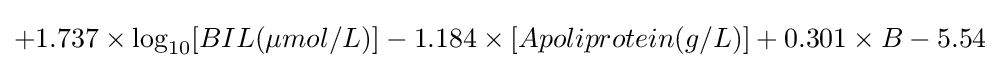
+1.737\times \log _{10}[BIL(\mu mol/L)]-1.184\times [Apoliprotein(g/L)]+0.301\times B-5.54